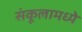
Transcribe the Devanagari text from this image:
संकूलामध्ये